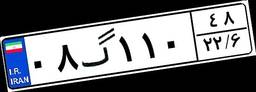
۹۲گ۴۰۴۹۵